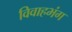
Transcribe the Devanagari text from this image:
विवाहभंग